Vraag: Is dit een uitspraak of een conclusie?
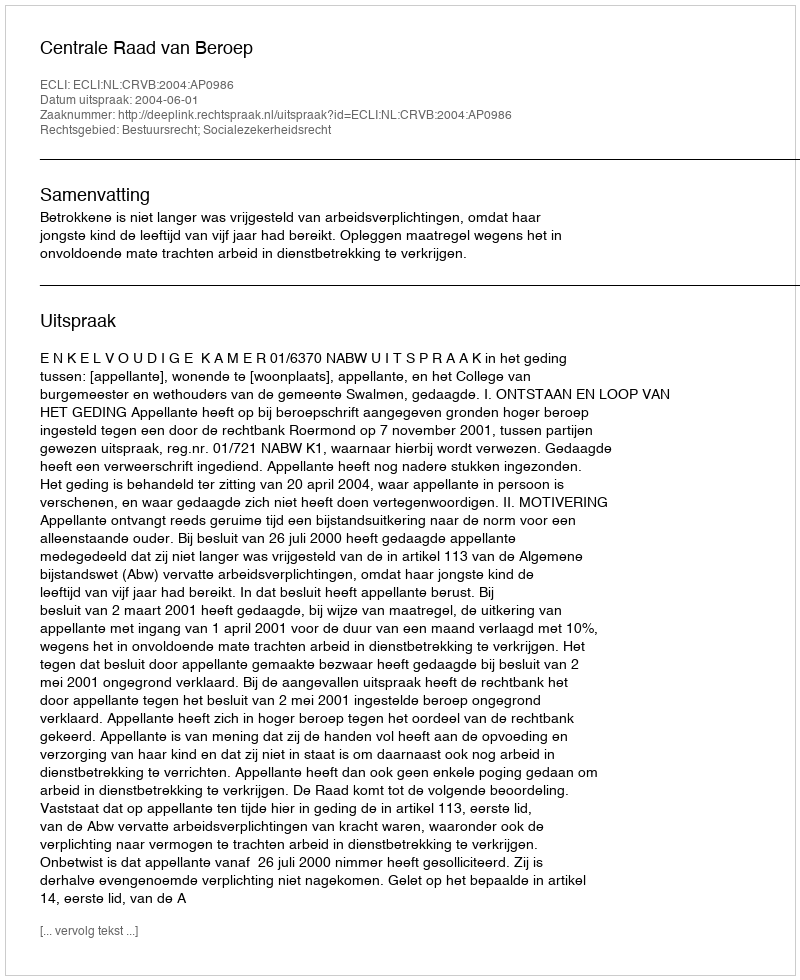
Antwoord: Uitspraak